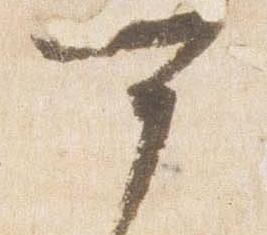
可